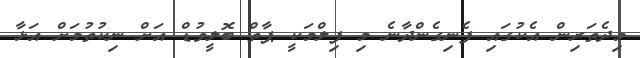
މިދެތަރިން އެކުގައި ފެނިގެންދާނެ މި ފިލްމަކީ ޕާތް ބޮލީވުޑް އަށް ނިކުތުމަށް އަޅާ